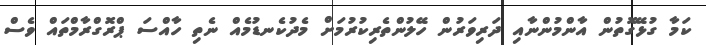
ކަމާ ގުޅޭގޮތުން އާންމުންނާއި ދަރިވަރުން ހޭލުންތެރިކުރުމަށް މެދުކެނޑުމެއް ނެތި ހާއްސަ ޕްރޮގްރާމްތައް ވެސް